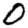
Digit: 0